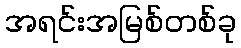
အရင်းအမြစ်တစ်ခု